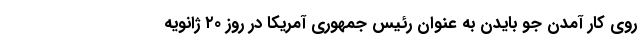
روی کار آمدن جو بایدن به عنوان رئیس جمهوری آمریکا در روز ۲۰ ژانویه